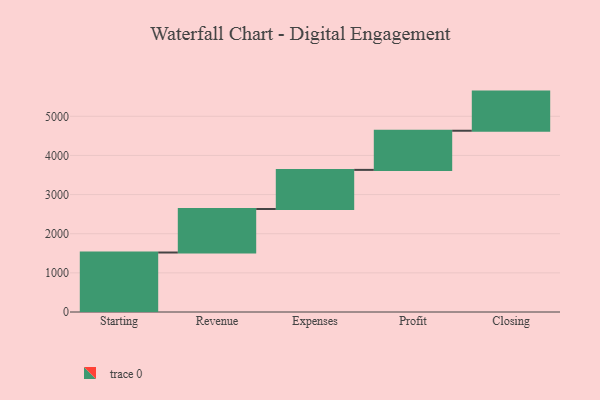
{"axis": {"x": "Step", "y": "Value"}, "legend": [""], "data": [{"x": "Starting", "y": 1520.0, "type": ""}, {"x": "Revenue", "y": 1111.0, "type": ""}, {"x": "Expenses", "y": 1000, "type": ""}, {"x": "Profit", "y": 1000, "type": ""}, {"x": "Closing", "y": 1000, "type": ""}]}